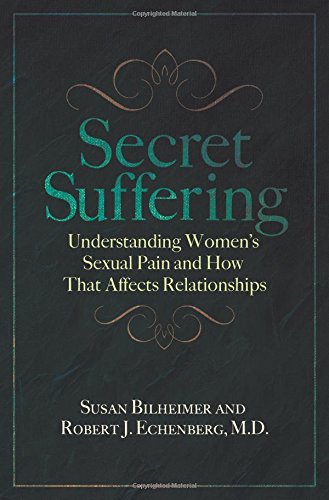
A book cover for Secret Suffering: How Women's Sexual and Pelvic Pain Affects Their Relationships (Sex, Love, and Psychology); Susan Bilheimer; Health, Fitness & Dieting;